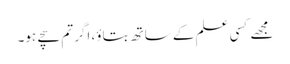
مجھے کسی علم کے ساتھ بتاؤ، اگر تم سچے ہو۔